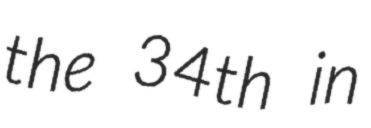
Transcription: the 34th in